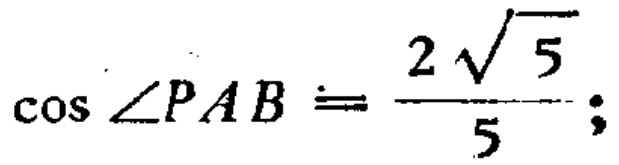
\(\cos\angle PAB=\frac{2\sqrt{5}}{5};\)